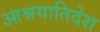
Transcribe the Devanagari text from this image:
आश्रयातिदेश